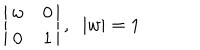
LaTeX: \left| \begin{array} { c c } { { w } } & { { 0 } } \\ { { 0 } } & { { 1 } } \\ \end{array} \right| , \; \; | w | = 1